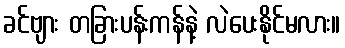
ခင်ဗျား တခြားပန်းကန်နဲ့ လဲပေးနိုင်မလား။